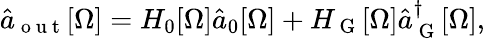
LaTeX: \hat{a}_{\mathrm{~o~u~t~}}[\Omega]=H_{0}[\Omega]\hat{a}_{0}[\Omega]+H_{\mathrm{~G~}}[\Omega]\hat{a}_{\mathrm{~G~}}^{\dagger}[\Omega],